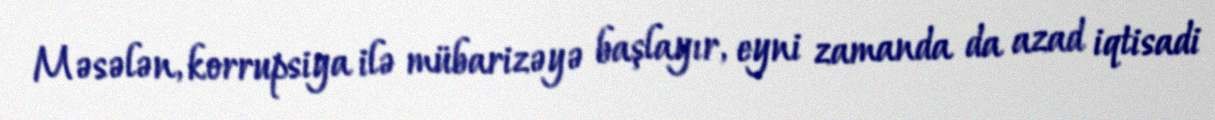
Məsələn, korrupsiya ilə mübarizəyə başlayır, eyni zamanda da azad iqtisadi